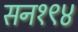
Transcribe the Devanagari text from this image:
सन१९४